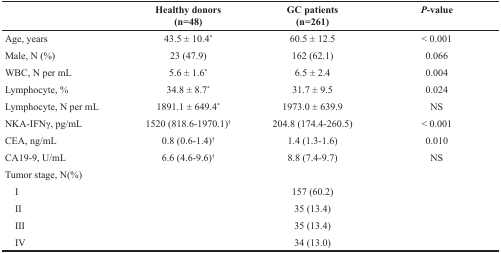
|  | Healthy donors(n=48) | GC patients(n=261) | P-value |
 | --- | --- | --- | --- |
 | Age, years | 43.5 ± 10.4* | 60.5 ± 12.5 | < 0.001 |
 | Male, N (%) | 23 (47.9) | 162 (62.1) | 0.066 |
 | WBC, N per mL | 5.6 ± 1.6* | 6.5 ± 2.4 | 0.004 |
 | Lymphocyte, % | 34.8 ± 8.7* | 31.7 ± 9.5 | 0.024 |
 | Lymphocyte, N per mL | 1891.1 ± 649.4* | 1973.0 ± 639.9 | NS |
 | NKA-IFNγ, pg/mL | 1520 (818.6-1970.1)† | 204.8 (174.4-260.5) | < 0.001 |
 | CEA, ng/mL | 0.8 (0.6-1.4)† | 1.4 (1.3-1.6) | 0.010 |
 | CA19-9, U/mL | 6.6 (4.6-9.6)† | 8.8 (7.4-9.7) | NS |
 | Tumor stage, N(%) |  |  |  |
 | I |  | 157 (60.2) |  |
 | II |  | 35 (13.4) |  |
 | III |  | 35 (13.4) |  |
 | IV |  | 34 (13.0) |  |